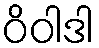
ဝိဝါဒါ